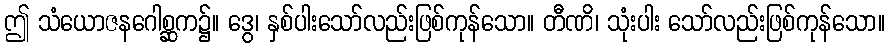
ဤ သံယောဇနဂေါစ္ဆက၌။ ဒွေ၊ နှစ်ပါးသော်လည်းဖြစ်ကုန်သော။ တီဏိ၊ သုံးပါး သော်လည်းဖြစ်ကုန်သော။